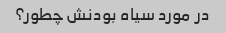
در مورد سیاه بودنش چطور؟